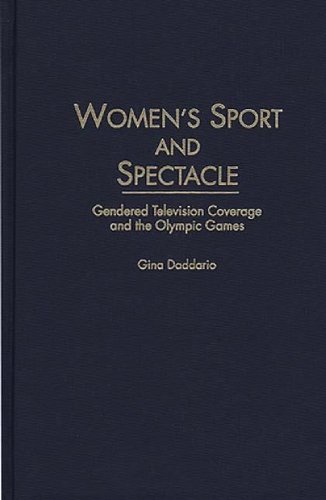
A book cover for Women's Sport and Spectacle: Gendered Television Coverage and the Olympic Games; Gina Daddario; Sports & Outdoors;